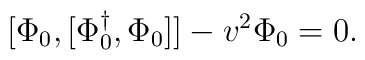
[\Phi_0, [\Phi^\dagger_0, \Phi_0]] - v^2 \Phi_0 = 0.